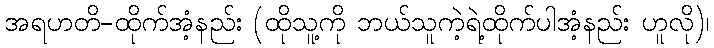
အရဟတိ-ထိုက်အံ့နည်း (ထိုသူ့ကို ဘယ်သူကဲ့ရဲ့ထိုက်ပါအံ့နည်း ဟူလို)၊